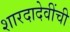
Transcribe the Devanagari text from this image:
शारदादेवींची